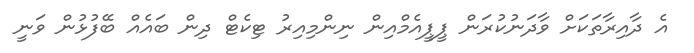
އެ ދާއިރާތަކަށް ވާދަނުކުރަން ޕީޕީއެމްއިން ނިންމިއިރު ޓިކެޓް ދިން ބައެއް ބޭފުޅުން ވަނީ